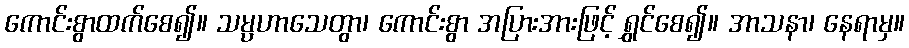
ကောင်းစွာထက်စေ၍။ သမ္ပဟာသေတွာ၊ ကောင်းစွာ အပြားအားဖြင့် ရွှင်စေ၍။ အာသနာ၊ နေရာမှ။